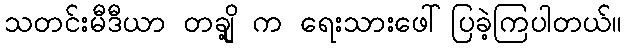
သတင်းမီဒီယာ တချို့ က ရေးသားဖေါ်ပြခဲ့ကြပါတယ်။